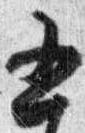
五